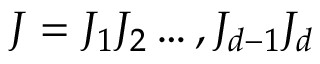
J = J _ { 1 } J _ { 2 } \dots , J _ { d - 1 } J _ { d }